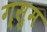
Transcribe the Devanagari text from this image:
ग्सुम